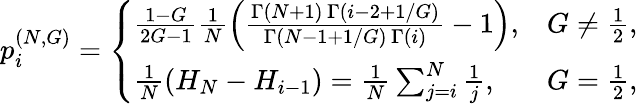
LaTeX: p_{i}^{(N,G)}=\left\{ \begin{array}{ll}{\frac{1-G}{2G-1}\frac{1}{N}\left(\frac{\Gamma(N+1)\, \Gamma(i-2+1/G)}{\Gamma(N-1+1/G)\, \Gamma(i)}-1\right),}&{G\neq\frac{1}{2},}\\ {\frac{1}{N}\left(H_{N}-H_{i-1}\right)=\frac{1}{N}\sum_{j=i}^{N}\frac{1}{j},}&{G=\frac{1}{2},}\end{array}\right.